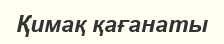
Қимақ қағанаты